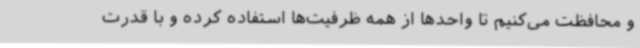
و محافظت می‌کنیم تا واحدها از همه ظرفیت‌ها استفاده کرده و با قدرت